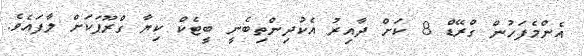
އެންމެފަހުން ގްރޭޑް 8 ކަށް ދާއިރު އެކުދިންތިބެނީ ބީޓެކް ކިޔާ ގްރޫޕަކަށް ލާފައެވެ.